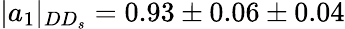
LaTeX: |a_{1}|_{DD_{s}}=0.93\pm 0.06\pm 0.04